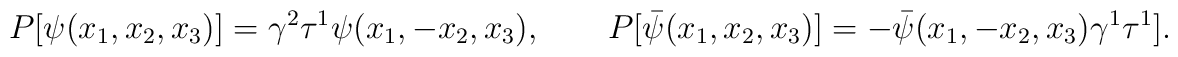
P[ \psi (x_1,x_2,x_3)]= \gamma^2 \tau^1 \psi (x_1,-x_2,x_3),\qquad P[ \bar{\psi} (x_1,x_2,x_3)]=- \bar{\psi} (x_1,-x_2,x_3)\gamma^1 \tau^1 ].